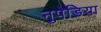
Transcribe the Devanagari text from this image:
नुपेडिया